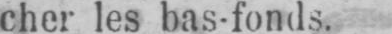
cher les bas-fonds.